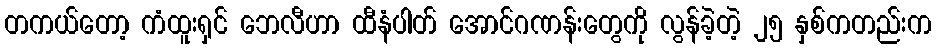
တကယ်တော့ ကံထူးရှင် ဘေလီဟာ ထီနံပါတ် အောင်ဂဏန်းတွေကို လွန်ခဲ့တဲ့ ၂၅ နှစ်ကတည်းက